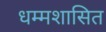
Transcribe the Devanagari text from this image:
धम्मशासित